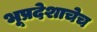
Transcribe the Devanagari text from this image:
भूप्रदेशाचेच